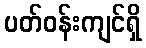
ပတ်ဝန်းကျင်ရှိ